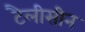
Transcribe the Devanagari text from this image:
टैलीसीन